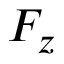
F _ { z }